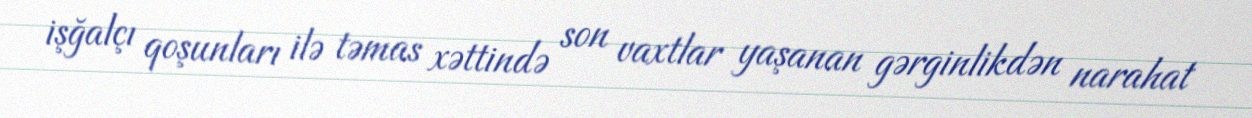
işğalçı qoşunları ilə təmas xəttində son vaxtlar yaşanan gərginlikdən narahat